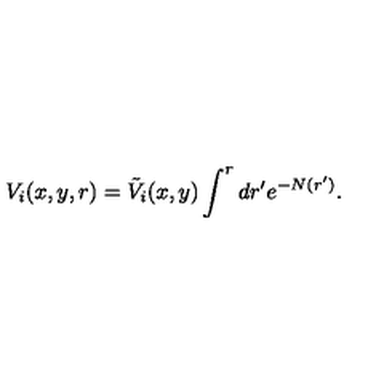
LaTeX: V _ { i } ( x , y , r ) = \tilde { V } _ { i } ( x , y ) \int ^ { r } d r ^ { \prime } e ^ { - N ( r ^ { \prime } ) } .